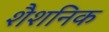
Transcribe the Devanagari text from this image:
शैशनिक